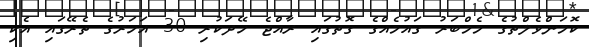
ކޮމަންވެލްތުގެ މެމްބަރު ގައުމެއްގެ ގޮތުގައި ރާއްޖެ ހޭދަކުރި 30 އަހަރުގެ ތެރޭގައި އެކި